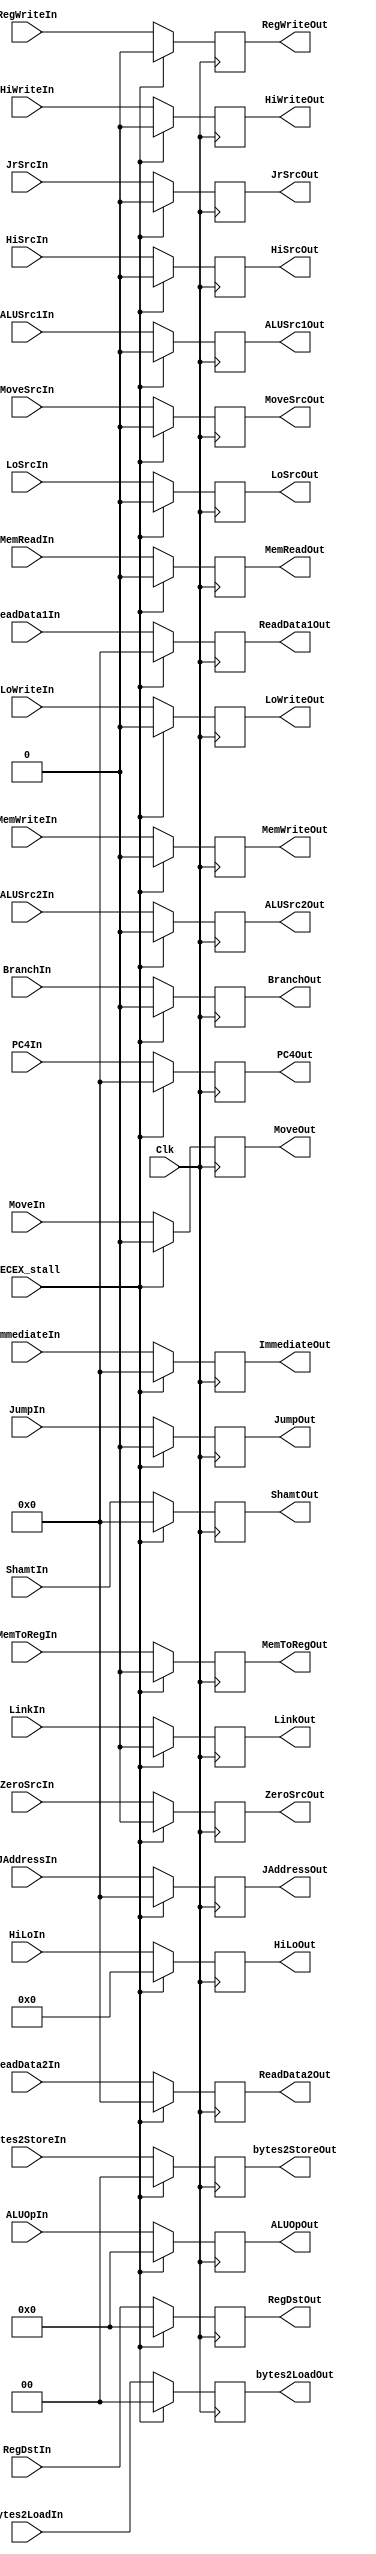
`timescale 1ns / 1ps
//////////////////////////////////////////////////////////////////////////////////
// Company: 
// Engineer: 
// 
// Design Name: 
// Module Name: DEC_EX_Reg
// Project Name: 
// Target Devices: 
// Tool Versions: 
// Description: 
// 
// Dependencies: 
// 
// Revision:
// Revision 0.01 - File Created
// Additional Comments:
// 
//////////////////////////////////////////////////////////////////////////////////


module DECEX_Reg(
    //Stage 3 Requirements (not used in subsequent stages)
    ShamtIn,ReadData1In,ReadData2In,ImmediateIn,JAddressIn,
    HiLoIn,
    ALUSrc1In, ALUSrc2In,MoveSrcIn,ZeroSrcIn,JrSrcIn,
    MoveIn,BranchIn,
    ALUOpIn, JumpIn,
    ShamtOut,ReadData1Out,ReadData2Out,ImmediateOut,JAddressOut,
    HiLoOut,
    ALUSrc1Out, ALUSrc2Out,MoveSrcOut,ZeroSrcOut,JrSrcOut,
    MoveOut,BranchOut,
    ALUOpOut,JumpOut,
    //Stage 3 + 5
    PC4In,
    PC4Out,
    RegWriteIn,
    RegWriteOut,
    //Stage 4 Requirements (not used in subsequent stages)
    bytes2LoadIn, bytes2StoreIn,
    MemReadIn, MemWriteIn,
    bytes2LoadOut, bytes2StoreOut,
    MemReadOut, MemWriteOut,
    //Stage 5 Requirements that we need to carry through
    MemToRegIn,
    HiSrcIn,LoSrcIn,LinkIn,RegDstIn,
    MemToRegOut,
    HiSrcOut,LoSrcOut,LinkOut,RegDstOut,
    HiWriteIn, LoWriteIn,
    HiWriteOut, LoWriteOut,
    //Clock
    Clk, DECEX_stall
    );
    //Inputs & Outputs & MemoryDeclarations
    
    //STAGE 3
    //inputs
    input[31:0] ShamtIn,ReadData1In,ReadData2In,ImmediateIn,JAddressIn;
    input [63:0] HiLoIn;
    input ALUSrc1In, ALUSrc2In,MoveSrcIn,ZeroSrcIn,JrSrcIn, JumpIn, DECEX_stall;
    input MoveIn,BranchIn;
    input [4:0] ALUOpIn;
    //outputs
    output reg [31:0] ShamtOut,ReadData1Out,ReadData2Out,ImmediateOut,JAddressOut;
    output reg [63:0] HiLoOut;
    output reg ALUSrc1Out, ALUSrc2Out,MoveSrcOut,ZeroSrcOut,JrSrcOut, JumpOut;
    output reg MoveOut,BranchOut;
    output reg [4:0] ALUOpOut;
    //Memory declarations
    reg [31:0] Shamt,ReadData1,ReadData2,Immediate,JAddress;
    reg [63:0] HiLo;
    reg ALUSrc1, ALUSrc2,MoveSrc,ZeroSrc,JrSrc, Jump;
    reg Move,Branch;
    reg [4:0] ALUOp;
    
    //STAGE 3 + 5
    input[31:0] PC4In;
    input RegWriteIn;
    output reg[31:0] PC4Out;
    output reg RegWriteOut;
    reg [31:0] PC4;
    reg RegWrite;
    
    //STAGE 4
    //Inputs
    input[1:0] bytes2LoadIn, bytes2StoreIn;
    input MemReadIn, MemWriteIn;
    //Ouputs
    output reg[1:0] bytes2LoadOut, bytes2StoreOut;
    output reg MemReadOut, MemWriteOut;
    //Memory
    reg[1:0] bytes2Load, bytes2Store;
    reg MemRead, MemWrite;
    
    //STAGE 5
    //Inputs
    input MemToRegIn,HiSrcIn,LoSrcIn,LinkIn;
    input [4:0] RegDstIn;
    input Clk;
    input HiWriteIn, LoWriteIn;
    //Outputs
    output reg MemToRegOut,HiSrcOut,LoSrcOut,LinkOut;
    output reg [4:0] RegDstOut;
    output reg HiWriteOut, LoWriteOut;
    //Memory declarations
    reg MemToReg,HiSrc,LoSrc,Link;
    reg [4:0] RegDst;
    reg HiWrite, LoWrite;
    
    //Initial state with NOOps
    initial begin
        Shamt <= 0; //Comes from stage 2
        ReadData1 <= 0; //Comes from stage 2
        ReadData2 <= 0; //Comes from stage 2
        Immediate <= 0; //Comes from stage 2
        JAddress <= 0; //Comes from stage 2
        HiLo <= 0; //Comes from stage 2
        ALUSrc1 <= 0; //Comes from stage 2
        ALUSrc2 <= 0; //Comes from stage 2
        MoveSrc <= 0; //Comes from stage 2
        ZeroSrc <= 0; //Comes from stage 2
        JrSrc <= 0; //Comes from stage 2
        Move <= 0; //Comes from stage 2
        Branch <= 0; //Comes from stage 2
        Jump <= 0;
        ALUOp <= 0; //Comes from stage 2
        //STAGE 3 + 5
        PC4 <= 0; //Comes from stage 1
        RegWrite <= 0; //Comes from stage 2
        //STAGE 4
        bytes2Load <= 0; //Comes from stage 2, goes through 3
        bytes2Store <= 0; //Comes from stage 2, goes through 3
        MemRead <= 0; //Comes from stage 2, goes through 3
        MemWrite <= 0; //Comes from stage 2, goes through 3
        //STAGE 5
        MemToReg <= 0; //Comes from stage 2, goes thru 3 and 4
        HiSrc <= 0; //Comes from stage 2, goes thru 3 and 4
        LoSrc <= 0; //Comes from stage 2, goes thru 3 and 4
        Link <= 0; //Comes from stage 2, goes thru 3 and 4
        RegDst <= 0; //Comes from stage 2, goes thru 3 and 4
        HiWrite <= 0;
        LoWrite <= 0;
    
    end
    
    
    //Write declarations
    always @(posedge Clk) begin
        if (DECEX_stall == 0) begin
            Shamt <= ShamtIn; //Comes from stage 2
            ReadData1 <= ReadData1In; //Comes from stage 2
            ReadData2 <= ReadData2In; //Comes from stage 2
            Immediate <= ImmediateIn; //Comes from stage 2
            JAddress <= JAddressIn; //Comes from stage 2
            HiLo <= HiLoIn; //Comes from stage 2
            ALUSrc1 <= ALUSrc1In; //Comes from stage 2
            ALUSrc2 <= ALUSrc2In; //Comes from stage 2
            MoveSrc <= MoveSrcIn; //Comes from stage 2
            ZeroSrc <= ZeroSrcIn; //Comes from stage 2
            JrSrc <= JrSrcIn; //Comes from stage 2
            Move <= MoveIn; //Comes from stage 2
            Branch <= BranchIn; //Comes from stage 2
            Jump <= JumpIn;
            ALUOp <= ALUOpIn; //Comes from stage 2
            //STAGE 3 + 5
            PC4 <= PC4In; //Comes from stage 1
            RegWrite <= RegWriteIn; //Comes from stage 2
            //STAGE 4
            bytes2Load <= bytes2LoadIn; //Comes from stage 2, goes through 3
            bytes2Store <= bytes2StoreIn; //Comes from stage 2, goes through 3
            MemRead <= MemReadIn; //Comes from stage 2, goes through 3
            MemWrite <= MemWriteIn; //Comes from stage 2, goes through 3
            //STAGE 5
            MemToReg <= MemToRegIn; //Comes from stage 2, goes thru 3 and 4
            HiSrc <= HiSrcIn; //Comes from stage 2, goes thru 3 and 4
            LoSrc <= LoSrcIn; //Comes from stage 2, goes thru 3 and 4
            Link <= LinkIn; //Comes from stage 2, goes thru 3 and 4
            RegDst <= RegDstIn; //Comes from stage 2, goes thru 3 and 4
            HiWrite <= HiWriteIn;
            LoWrite <= LoWriteIn;
         end
        else begin 
           Shamt <= 0; //Comes from stage 2
            ReadData1 <= 0; //Comes from stage 2
            ReadData2 <= 0; //Comes from stage 2
            Immediate <= 0; //Comes from stage 2
            JAddress <= 0; //Comes from stage 2
            HiLo <= 0; //Comes from stage 2
            ALUSrc1 <= 0; //Comes from stage 2
            ALUSrc2 <= 0; //Comes from stage 2
            MoveSrc <= 0; //Comes from stage 2
            ZeroSrc <= 0; //Comes from stage 2
            JrSrc <= 0; //Comes from stage 2
            Move <= 0; //Comes from stage 2
            Branch <= 0; //Comes from stage 2
            Jump <= 0;
            ALUOp <= 0; //Comes from stage 2
            //STAGE 3 + 5
            PC4 <= 0; //Comes from stage 1
            RegWrite <= 0; //Comes from stage 2
            //STAGE 4
            bytes2Load <= 0; //Comes from stage 2, goes through 3
            bytes2Store <= 0; //Comes from stage 2, goes through 3
            MemRead <= 0; //Comes from stage 2, goes through 3
            MemWrite <= 0; //Comes from stage 2, goes through 3
            //STAGE 5
            MemToReg <= 0; //Comes from stage 2, goes thru 3 and 4
            HiSrc <= 0; //Comes from stage 2, goes thru 3 and 4
            LoSrc <= 0; //Comes from stage 2, goes thru 3 and 4
            Link <= 0; //Comes from stage 2, goes thru 3 and 4
            RegDst <= 0; //Comes from stage 2, goes thru 3 and 4
            HiWrite <= 0;
            LoWrite <= 0;
        end     
    end 
        
    //Read declarations
    always @(*) begin
        ShamtOut <= Shamt; //Used as possible ALU input A
        ReadData1Out <= ReadData1; //Used as possible ALU input A
        ReadData2Out <= ReadData2; //Used as possible ALU input B
        ImmediateOut <= Immediate; //Used as possible ALU input B as well as relative branch operation
        JAddressOut <= JAddress; //Used as a possible jump address for PC + 4
        HiLoOut <= HiLo; //ALU Input, concatenated values from hi lo
        ALUSrc1Out <= ALUSrc1; //Chooses ALU Input A
        ALUSrc2Out <= ALUSrc2; //Chooses ALU Input B
        MoveSrcOut <= MoveSrc; //Chooses a src for the move xor operation
        ZeroSrcOut <= ZeroSrc; //Used when choosing a source for brancg operations
        JrSrcOut <= JrSrc; //Chooses whether to store regular value or $rs into PC
        MoveOut <= Move; //Activates move operations
        BranchOut <= Branch; //Activates branch operations
        JumpOut <= Jump;
        ALUOpOut <= ALUOp; //Input ALU operation
        //STAGE 3 + 5
        PC4Out <= PC4; //Computes new Pc Address AND may be used for jal
        RegWriteOut <= RegWrite; //Used to compute a new RegWrite to get the true signal
        //STAGE 4
        bytes2LoadOut <= bytes2Load; //Used when loading from memory
        bytes2StoreOut <= bytes2Store; //Used when storing to memory
        MemReadOut <= MemRead; //Used when reading memory
        MemWriteOut <= MemWrite; //Used when writing/storing to memory
        //STAGE 5
        MemToRegOut <= MemToReg; //Chooses between ALUResult and LoadData
        HiSrcOut <= HiSrc; //Chooses source for Hi input between ALU64Result and ALUResult
        LoSrcOut <= LoSrc; //Chooses source for lo input between ALU64Result and ALUResult
        LinkOut <= Link; //Chooses write data between ALU64Result and PC + 4
        RegDstOut <= RegDst; //Chooses register to store results in
        HiWriteOut <= HiWrite;
        LoWriteOut <= LoWrite;
    end
  
endmodule